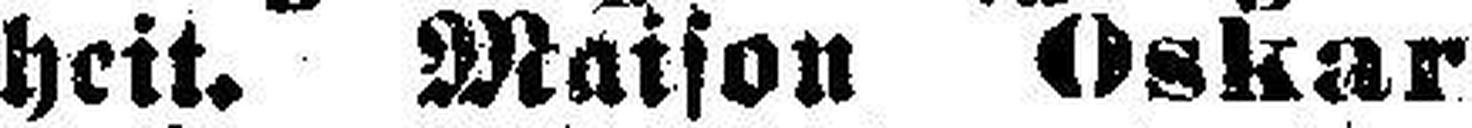
heit. Maison Oskar